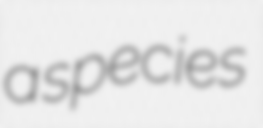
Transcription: a species